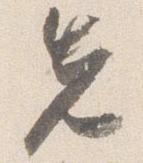
先